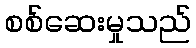
စစ်ဆေးမှုသည်